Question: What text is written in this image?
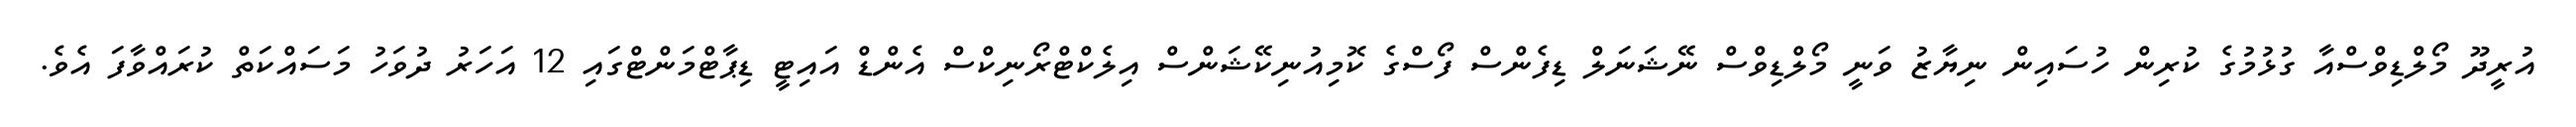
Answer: އުރީދޫ މޯލްޑިވްސްއާ ގުޅުމުގެ ކުރިން ހުސައިން ނިޔާޒު ވަނީ މޯލްޑިވްސް ނޭޝަނަލް ޑިފެންސް ފޯސްގެ ކޮމިއުނިކޭޝަންސް އިލެކްޓްރޯނިކްސް އެންޑް އައިޓީ ޑިޕާޓްމަންޓްގައި 12 އަހަރު ދުވަހު މަސައްކަތް ކުރައްވާފަ އެވެ.